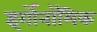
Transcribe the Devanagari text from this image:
इर्गोनॉमिक